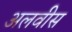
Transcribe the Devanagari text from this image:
अलवीस